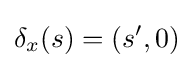
\delta _{x}(s)=(s',0)